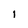
Character: 1